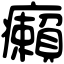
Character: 癩